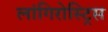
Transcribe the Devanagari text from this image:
लांगिरोस्ट्रिस